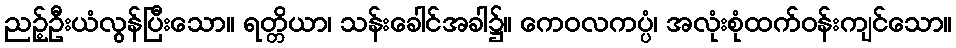
ညဉ့်ဦးယံလွန်ပြီးသော။ ရတ္တိယာ၊ သန်းခေါင်အခါ၌။ ကေဝလကပ္ပံ၊ အလုံးစုံထက်ဝန်းကျင်သော။